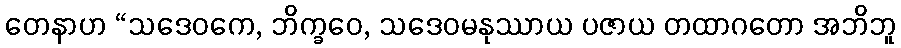
တေနာဟ “သဒေဝကေ, ဘိက္ခဝေ, သဒေဝမနုဿာယ ပဇာယ တထာဂတော အဘိဘူ